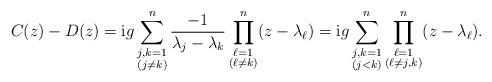
LaTeX: \begin{gather*}C(z)-D(z)=\mathrm{i} g\sum_{\substack{j,k=1\\ (j\neq k)}}^n\frac{-1}{\lambda_j-\lambda_k}\prod_{\substack{\ell=1\\(\ell\neq k)}}^n(z-\lambda_\ell)=\mathrm{i} g\sum_{\substack{j,k=1\\ (j<k)}}^n\prod_{\substack{\ell=1\\ (\ell\neq j,k)}}^n(z-\lambda_\ell).\end{gather*}